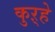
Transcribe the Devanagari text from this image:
कुऱ्हे